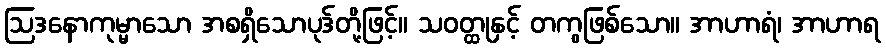
ဩဒနောကုမ္မာသော အစရှိသောပုဒ်တို့ဖြင့်။ သဝတ္ထုနှင့် တကွဖြစ်သော။ အာဟာရံ၊ အာဟာရ